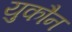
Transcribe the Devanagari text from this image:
युकौन